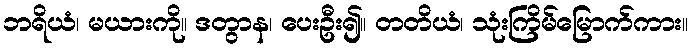
ဘရိယံ၊ မယားကို။ ဒတွာန၊ ပေးဦး၍။ တတိယံ၊ သုံးကြိမ်မြောက်ကား။